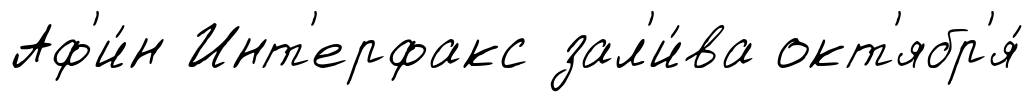
Аф'и́н Инт'ерфакс зал'и́ва окт'ябр'я́